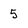
Character: 5